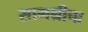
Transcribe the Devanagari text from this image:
सामग्रीचा